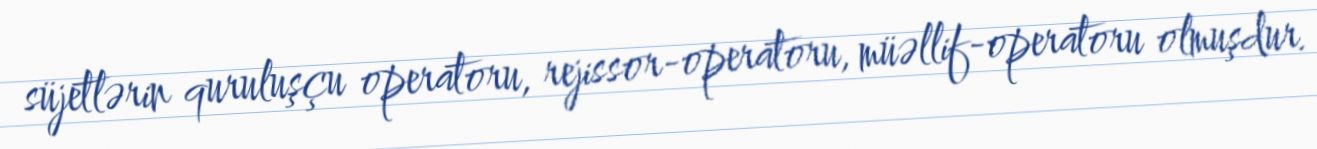
süjetlərin quruluşçu operatoru, rejissor-operatoru, müəllif-operatoru olmuşdur.